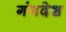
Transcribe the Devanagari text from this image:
गंगदेश